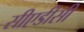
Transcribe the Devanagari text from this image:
सीएडीसी